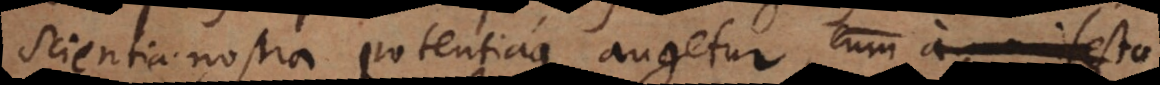
scientia nostra potentiaque augetur, cum a manifesto